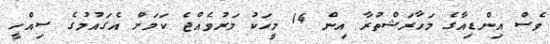
ވެސް އިންޑިއާގެ މަހާރަޝްތުރާ އިން 14 މީހަކު މަރުވެއްޖެ ކަމަށް އެގައުމުގެ ސިއްހީ